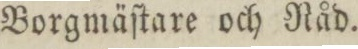
Borgmäſtare och Råd.